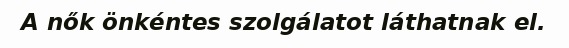
A nők önkéntes szolgálatot láthatnak el.